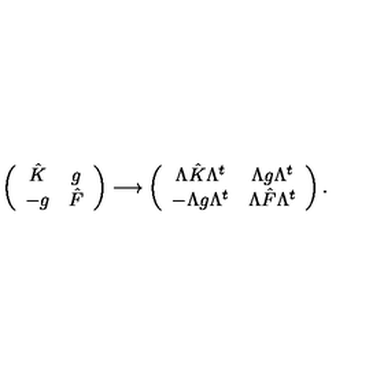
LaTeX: \left( \begin{array} { c c } { \hat { K } } & { g } \\ { - g } & { \hat { F } } \\ \end{array} \right) \longrightarrow \left( \begin{array} { c c } { \Lambda \hat { K } \Lambda ^ { t } } & { \Lambda g \Lambda ^ { t } } \\ { - \Lambda g \Lambda ^ { t } } & { \Lambda \hat { F } \Lambda ^ { t } } \\ \end{array} \right) .